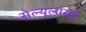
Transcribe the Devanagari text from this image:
सेल्यूलायड